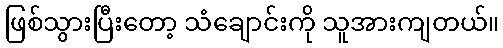
ဖြစ်သွားပြီးတော့ သံချောင်းကို သူအားကျတယ်။